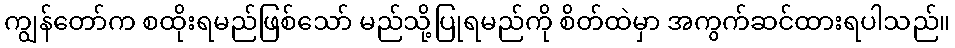
ကျွန်တော်က စထိုးရမည်ဖြစ်သော် မည်သို့ပြုရမည်ကို စိတ်ထဲမှာ အကွက်ဆင်ထားရပါသည်။